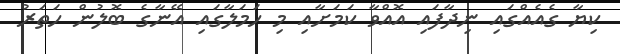
ކިޔާ ގެއެއްގައި ނިދާފައި އޮއްވާ ކަމަށާއި މި ހަމަލާގައި އޭނާގެ ބޮލުން ހަތަރު